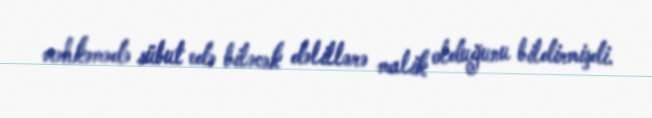
məhkəmədə sübut edə biləcək dəlillərə malik olduğunu bildirmişdi.